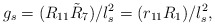
\begin{align*}g_s = (R_{11}\tilde{R}_7) /l_s^2 = (r_{11} R_1) / l_s^2 , \end{align*}